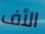
الأف